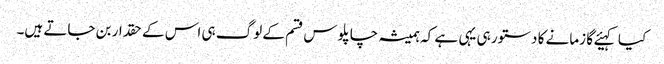
کیا کہیئے گا زمانے کا دستور ہی یہی ہے کہ ہمیشہ چاپلوس قسم کے لوگ ہی اس کے حقدار بن جاتے ہیں۔